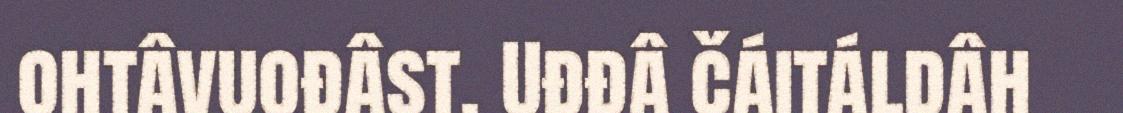
ohtâvuođâst. Uđđâ čáitáldâh